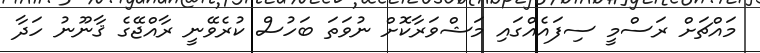
މައްޗަށް ރަސްމީ ސިފައެއްގައި މަޝްވަރާކޮށް ނުވަތަ ބަހުސް ކުރެވޭނީ ރާއްޖޭގެ ޤާނޫނު ހަދާ